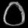
Digit: ၀